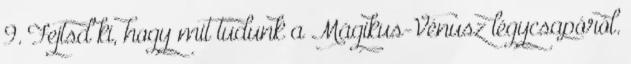
9. Fejtsd ki, hogy mit tudunk a Mágikus-Vénusz légycsapóról.